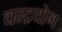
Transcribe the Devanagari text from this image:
चन्द्रयोग